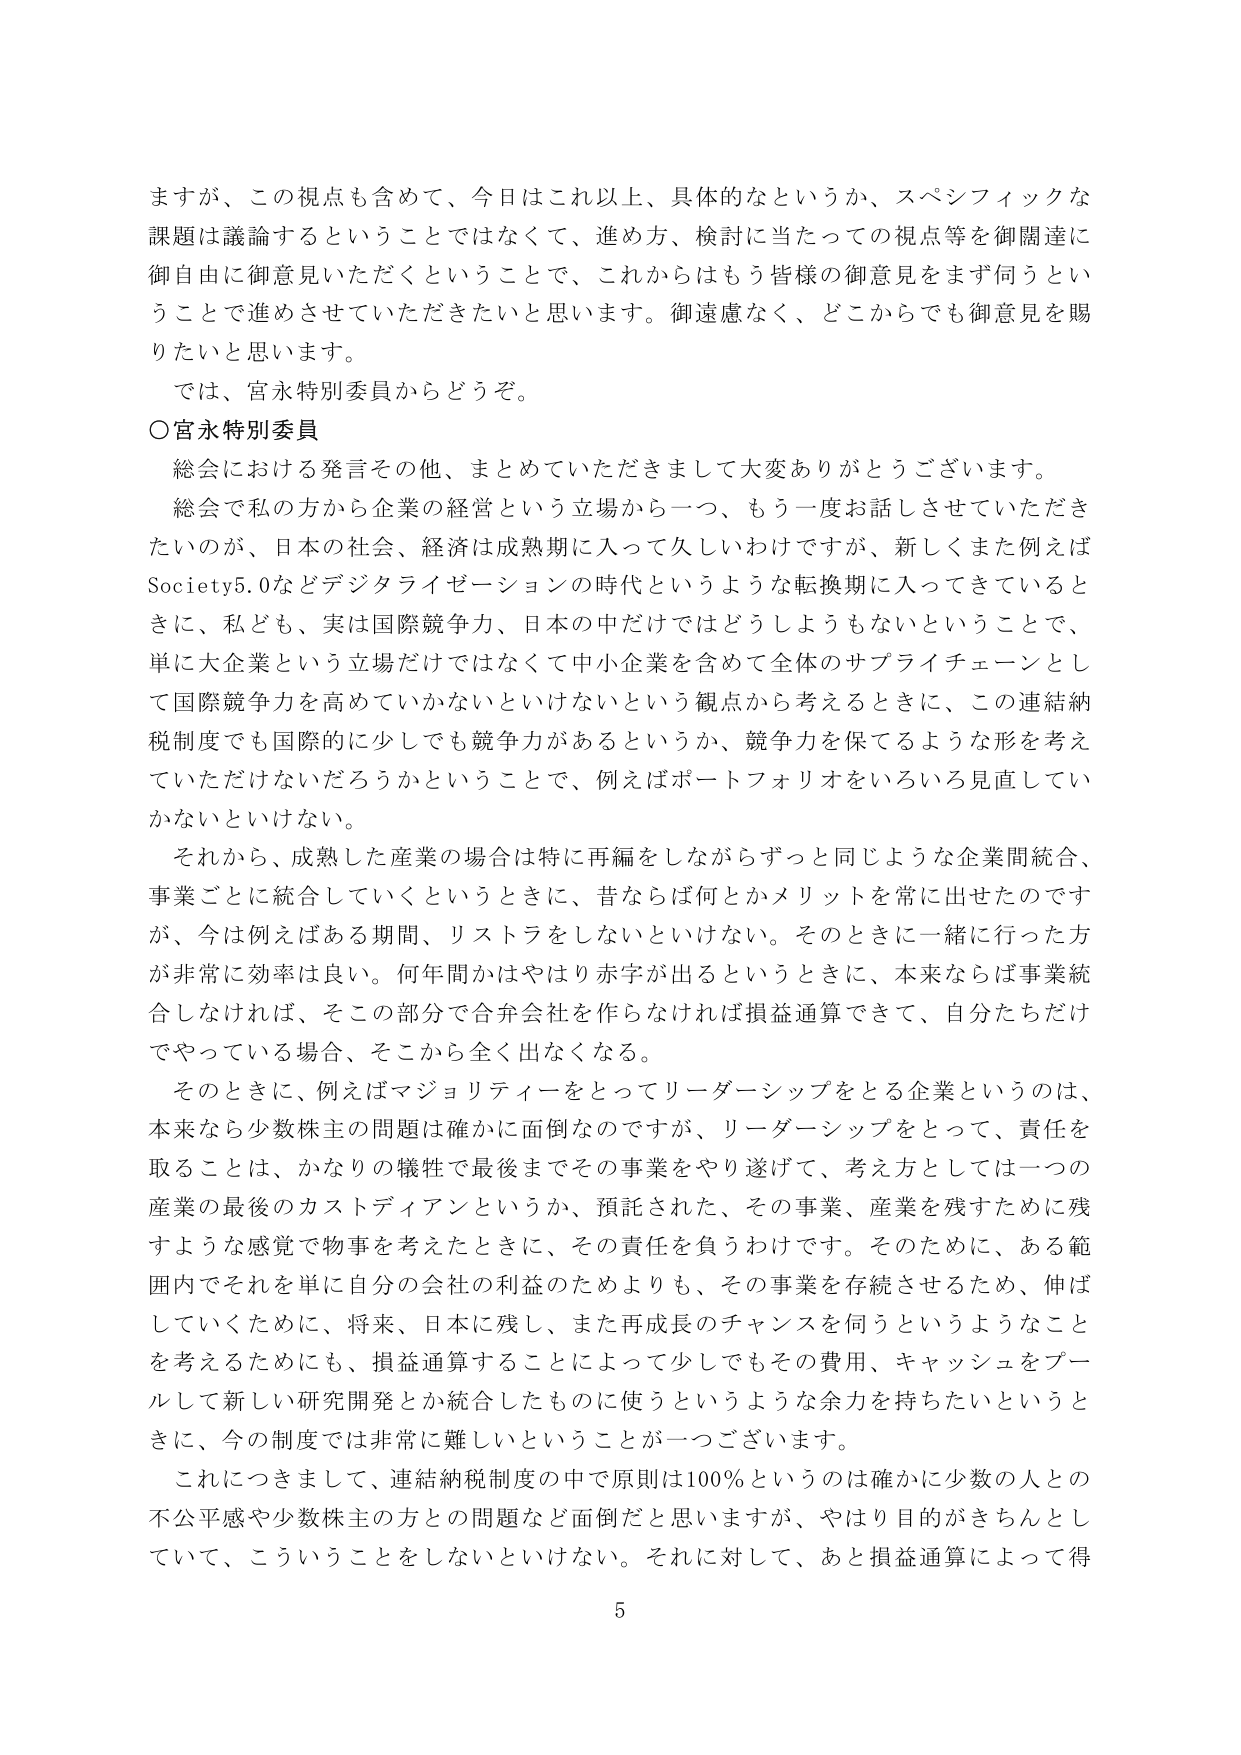
ますが、この視点も含めて、今日はこれ以上、具体的なというか、スペシフィックな課題は議論するということではなくて、進め方、検討に当たっての視点等を御関達に御自由に御意見いただくということで、これからはもう皆様の御意見をまず伺うということで進めさせていただきたいと思います。御遠慮なく、どこからでも御意見を賜りたいと思います。

では、宮永特別委員からどうぞ。

○宮永特別委員

総会における発言その他、まとめていただきまして大変ありがとうございます。

総会で私の方から企業の経営という立場から一つ、もう一度お話しさせていただきたいのが、日本の社会、経済は成熟期に入って久しいわけですが、新しくまた例えばSociety5.0などデジタライゼーションの時代というような転換期に入ってきているときに、私ども、実は国際競争力、日本の中だけではどうしようもないということで、単に大企業という立場だけではなくて中小企業を含めて全体のサプライチェーンとして国際競争力を高めていかないといけないという観点から考えるときに、この連結納税制度でも国際的に少しでも競争力があるというか、競争力を保てるような形を考えていただけないだろうかということで、例えばポートフォリオをいろいろ見直していかないといけない。

それから、成熟した産業の場合は特に再編をしながらずっと同じような企業間統合、事業ごとに統合していくというときに、昔ならば何とかメリットを常に出せたのですが、今は例えばある期間、リストラをしないといけない。そのときに一緒に行った方が非常に効率は良い。何年間かはやはり赤字が出るというときに、本来ならば事業統合しなければ、そこの部分で合弁会社を作らなければ損益通算できて、自分たちだけでやっている場合、そこから全く出なくなる。

そのときに、例えばマジョリティをとってリーダーシップをとる企業というのは、本来なら少数株主の問題は確かに面倒なのですが、リーダーシップをとって、責任を取ることは、かなりの犠牲で最後までその事業をやり遂げて、考え方としては一つの産業の最後のカストディアンというか、預託された、その事業、産業を残すために残すような感覚で物事を考えたときに、その責任を負うわけです。そのために、ある範囲内でそれを単に自分の会社の利益のためよりも、その事業を存続させるため、伸ばしていくために、将来、日本に残し、また再成長のチャンスを伺うというようなことを考えるためにも、損益通算することによって少しでもその費用、キャッシュをプールして新しい研究開発とか統合したものに使うというような余力を持ちたいというときに、今の制度では非常に難しいということが一つございます。

これにつきまして、連結納税制度の中で原則は100％というのは確かに少数の人との不公平感や少数株主の方との問題など面倒だと思いますが、やはり目的がきちんとしていて、こういうことをしないといけない。それに対して、あと損益通算によって得

5